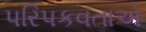
પરિપકવતાએ